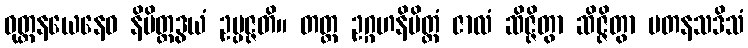
ဝုတ္တနယေနေဝ နိမိတ္တဒွယံ ဥပ္ပဇ္ဇတိ။ တတ္ထ ဥဂ္ဂဟနိမိတ္တံ ဇာလံ ဆိဇ္ဇိတွာ ဆိဇ္ဇိတွာ ပတနသဒိသံ